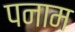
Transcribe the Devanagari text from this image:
पनाम